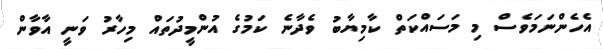
އެހެންނަމަވެސް މި މަސައްކަތް ކާމިޔާބު ވެދާނެ ކަމުގެ އުންމީދުތައް މިހާރު ވަނީ އާވާން